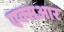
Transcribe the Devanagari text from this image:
एक्सआर